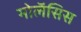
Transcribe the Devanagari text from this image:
मोलॅसिस